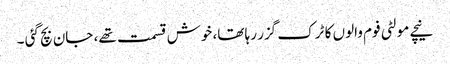
نیچے مولٹی فوم والوں کا ٹرک گزر رہا تھا، خوش قسمت تھے، جان بچ گئی ۔